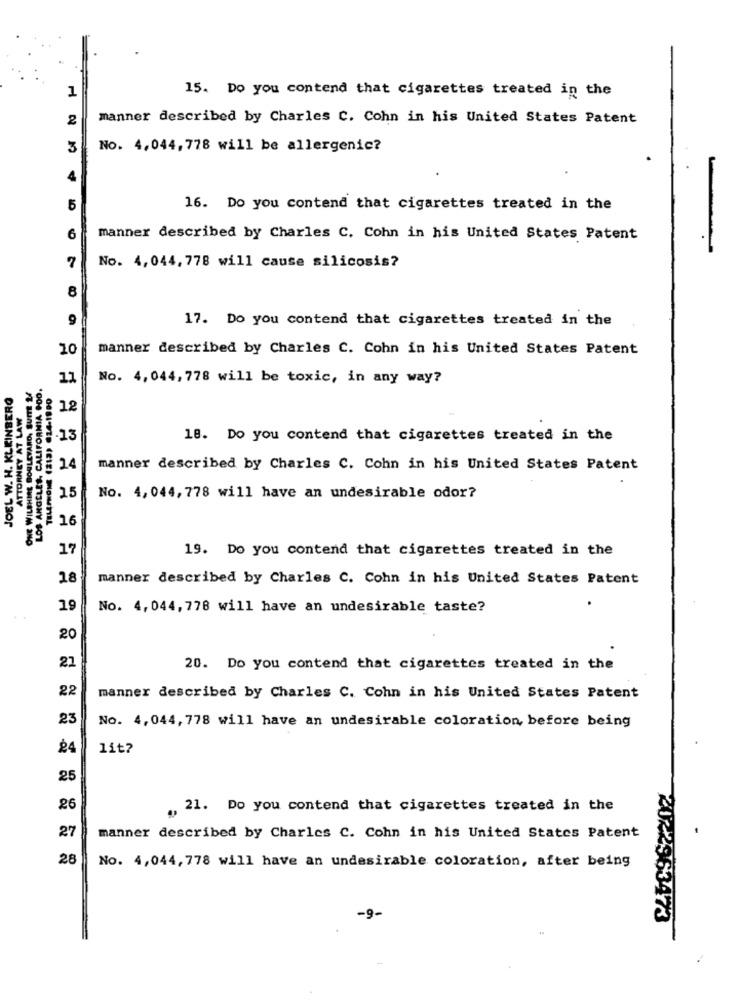
1
15. Do you contend that cigarettes treated in the
2
manner described by Charles C. Cohn in his United States Patent
3
No. 4,044, 778 will be allergenic?
4
5
16. Do you contend that cigarettes treated in the
6
manner described by Charles C. Cohn in his United States Patent
-
7
No. 4,044, 778 will cause silicosis?
8
9
17. Do you contend that cigarettes treated in the
10
manner described by Charles C. Cohn in his United States Patent
LOS ANGELES, CALIFORNIA GOD.
11
No. 4,044, 778 will be toxic, in any way?
JOEL W. H. KLEINBERG
ATTORNEY AT LAW
12
.13
18. Do you contend that cigarettes treated in the
24
manner described by Charles C. Cohn in his United States Patent
25
No. 4,044, 778 will have an undesirable odor?
16
17
19. Do you contend that cigarettes treated in the
18
manner described by Charles C. Cohn in his United States Patent
19
No. 4,044,778 will have an undesirable taste?
20
21
20. Do you contend that cigarettes treated in the
22
manner described by Charles C. Cohn in his United States Patent
23
No. 4,044, 778 will have an undesirable coloration, before being
£4
lit?
25
26
. 21. Do you contend that cigarettes treated in the
27
manner described by Charles C. Cohn in his United States Patent
28
No. 4,044, 778 will have an undesirable coloration, after being
-9.
2022963473